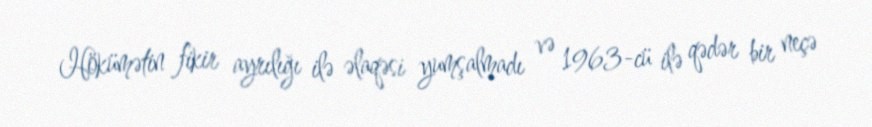
Hökümətin fikir ayrılığı ilə əlaqəsi yumşalmadı və 1963-cü ilə qədər bir neçə